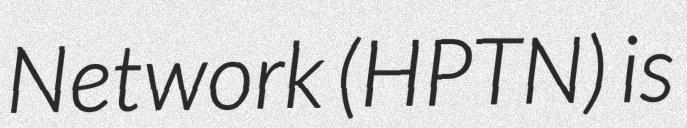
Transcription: Network (HPTN) is